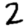
Digit: 2